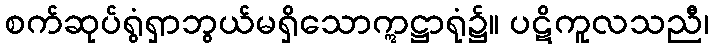
စက်ဆုပ်ရွံရှာဘွယ်မရှိသောဣဋ္ဌာရုံ၌။ ပဋိကူလသညီ၊